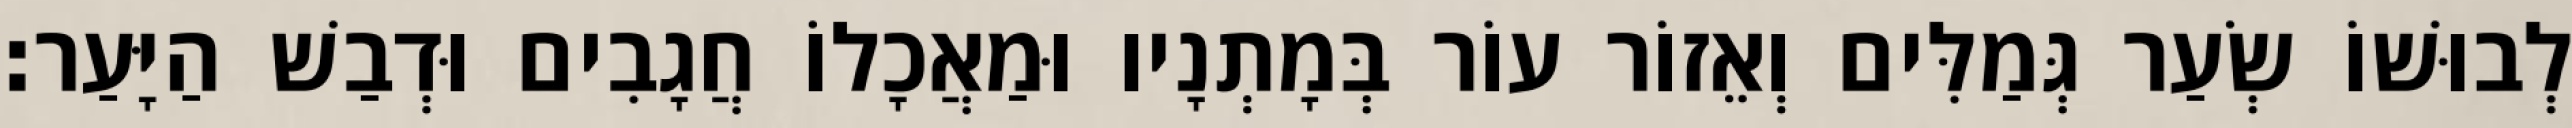
לְבוּשׁוֹ שְׂעַר גְּמַלִּים וְאֵזוֹר עוֹר בְּמָתְנָיו וּמַאֲכָלוֹ חֲגָבִים וּדְבַשׁ הַיָּעַר׃